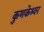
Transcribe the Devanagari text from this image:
कुणकेश्र्वर